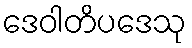
ဒေဝါတိပဒေသု